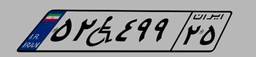
۵۲W۴۹۹۲۵